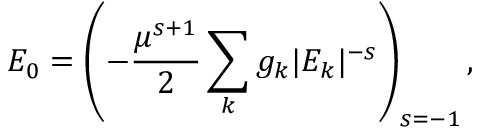
E _ { 0 } = \left( - \frac { \mu ^ { s + 1 } } { 2 } \sum _ { k } g _ { k } | E _ { k } | ^ { - s } \right) _ { s = - 1 } ,